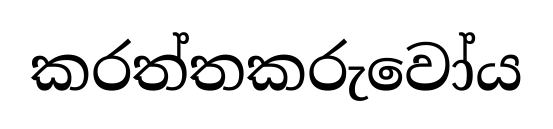
කරත්තකරුවෝය